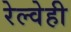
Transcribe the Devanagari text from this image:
रेल्वेही